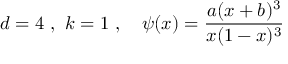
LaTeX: d = 4 \ , \ k = 1 \ , \ \ \ \psi ( x ) = \frac { a ( x + b ) ^ { 3 } } { x ( 1 - x ) ^ { 3 } } \,